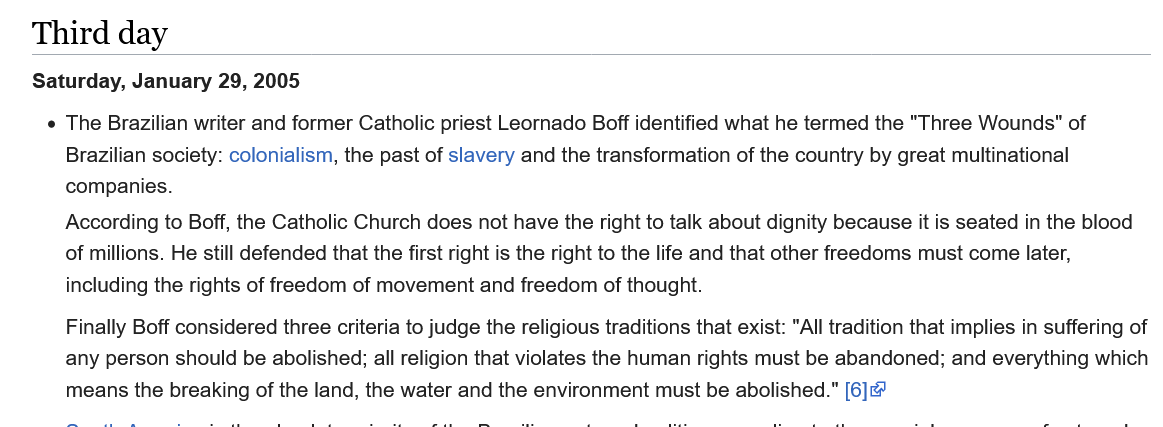
Saturday, January  29, 2005
     ¢ The  Brazilian writer and former Catholic priest Leornado Boff identified what he termed the "Three Wounds" of
     Brazilian society: colonialism, the past of slavery and the transformation of the country by great multinational
     companies.
     According to Boff, the Catholic Church does not have the right to talk about dignity because it is seated in the blood
     of millions. He still defended that the first right is the right to the life and that other freedoms must come later,
     including the rights of freedom of movement and freedom of thought.
     Finally Boff considered three criteria to judge the religious traditions that exist: "All tradition that implies in suffering of
     any person should be abolished; all religion that violates the human rights must be abandoned; and everything which
     means the  breaking of the land, the water and the environment must be abolished." [6]@
    Third    day